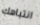
انتباهك